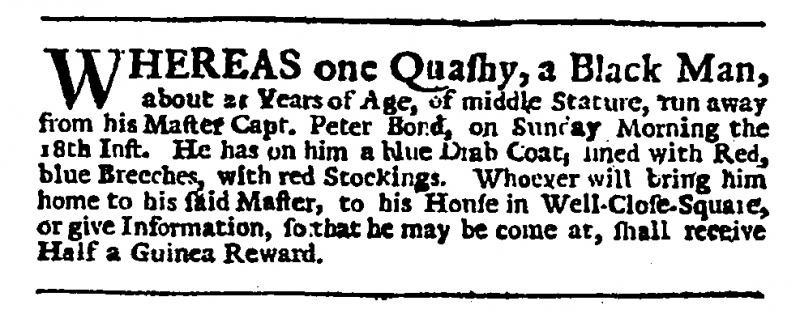
Daily Journal, 23 August 1734 (England)
WHEREAS one Quashy, a Black Man, about 21 Years of Age, of middle Stature, run away from his Master Capt. Peter Bond, on Sunday Morning the 18th Inst. He has on him a blue Drab Coat, lined with Red, blue Breeches, with red Stockings. Whoever will bring him home to his said Master, to his House in Well-Close-Square, or give Information, so that he may be come at, shall receive Half a Guinea Reward.